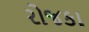
રોજકા